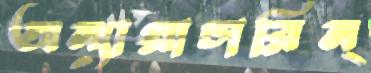
অন্যায়াচারিন্